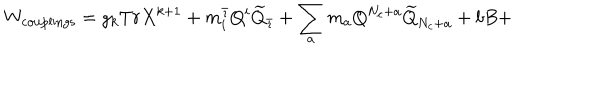
LaTeX: W _ { \mathrm { c o u p l i n g s } } = g _ { k } T r X ^ { k + 1 } + m _ { i } ^ { \bar { \imath } } Q ^ { i } \widetilde { Q } _ { \bar { \imath } } + \sum _ { a } m _ { a } Q ^ { N _ { c } + a } \widetilde { Q } _ { N _ { c } + a } + b B +